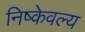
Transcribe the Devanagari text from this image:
निष्केवल्य